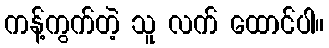
ကန့်ကွက်တဲ့ သူ လက် ထောင်ပါ။